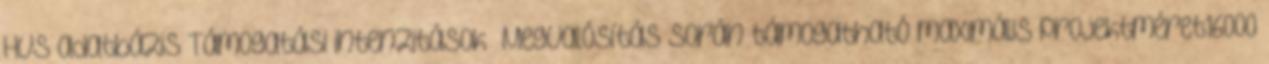
HVS adatbázis Támogatási intenzitások ▪Megvalósítás során támogatható maximális projektméret16000